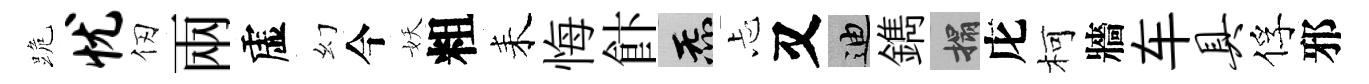
跪忧仞兩虚幻今妖粗耒悔飰炁忐又迪鐫搨庀柯牆车具俘邪